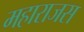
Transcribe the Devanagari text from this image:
महाराजस